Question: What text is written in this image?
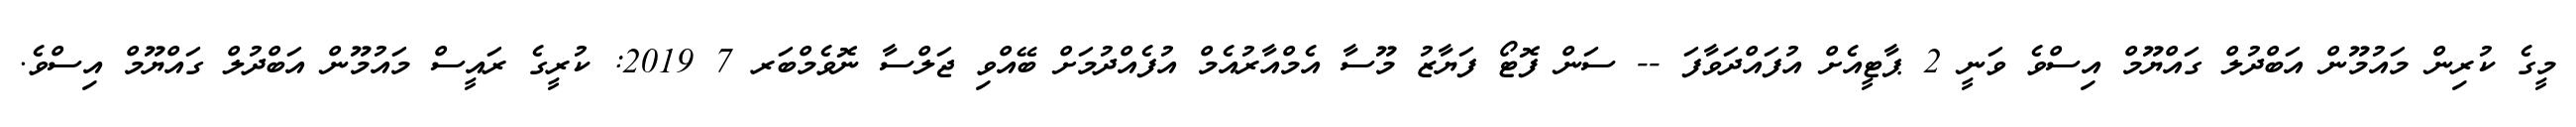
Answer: މީގެ ކުރިން މައުމޫން އަބްދުލް ގައްޔޫމް އިސްވެ ވަނީ 2 ޕާޓީއެށް އުފައްދަވާފަ -- ސަން ފޮޓޯ ފަޔާޒު މޫސާ އެމްއާރުއެމް އުފެއްދުމަށް ބޭއްވި ޖަލްސާ ނޮވެމްބަރ 7 2019: ކުރީގެ ރައީސް މައުމޫން އަބްދުލް ގައްޔޫމް އިސްވެ.